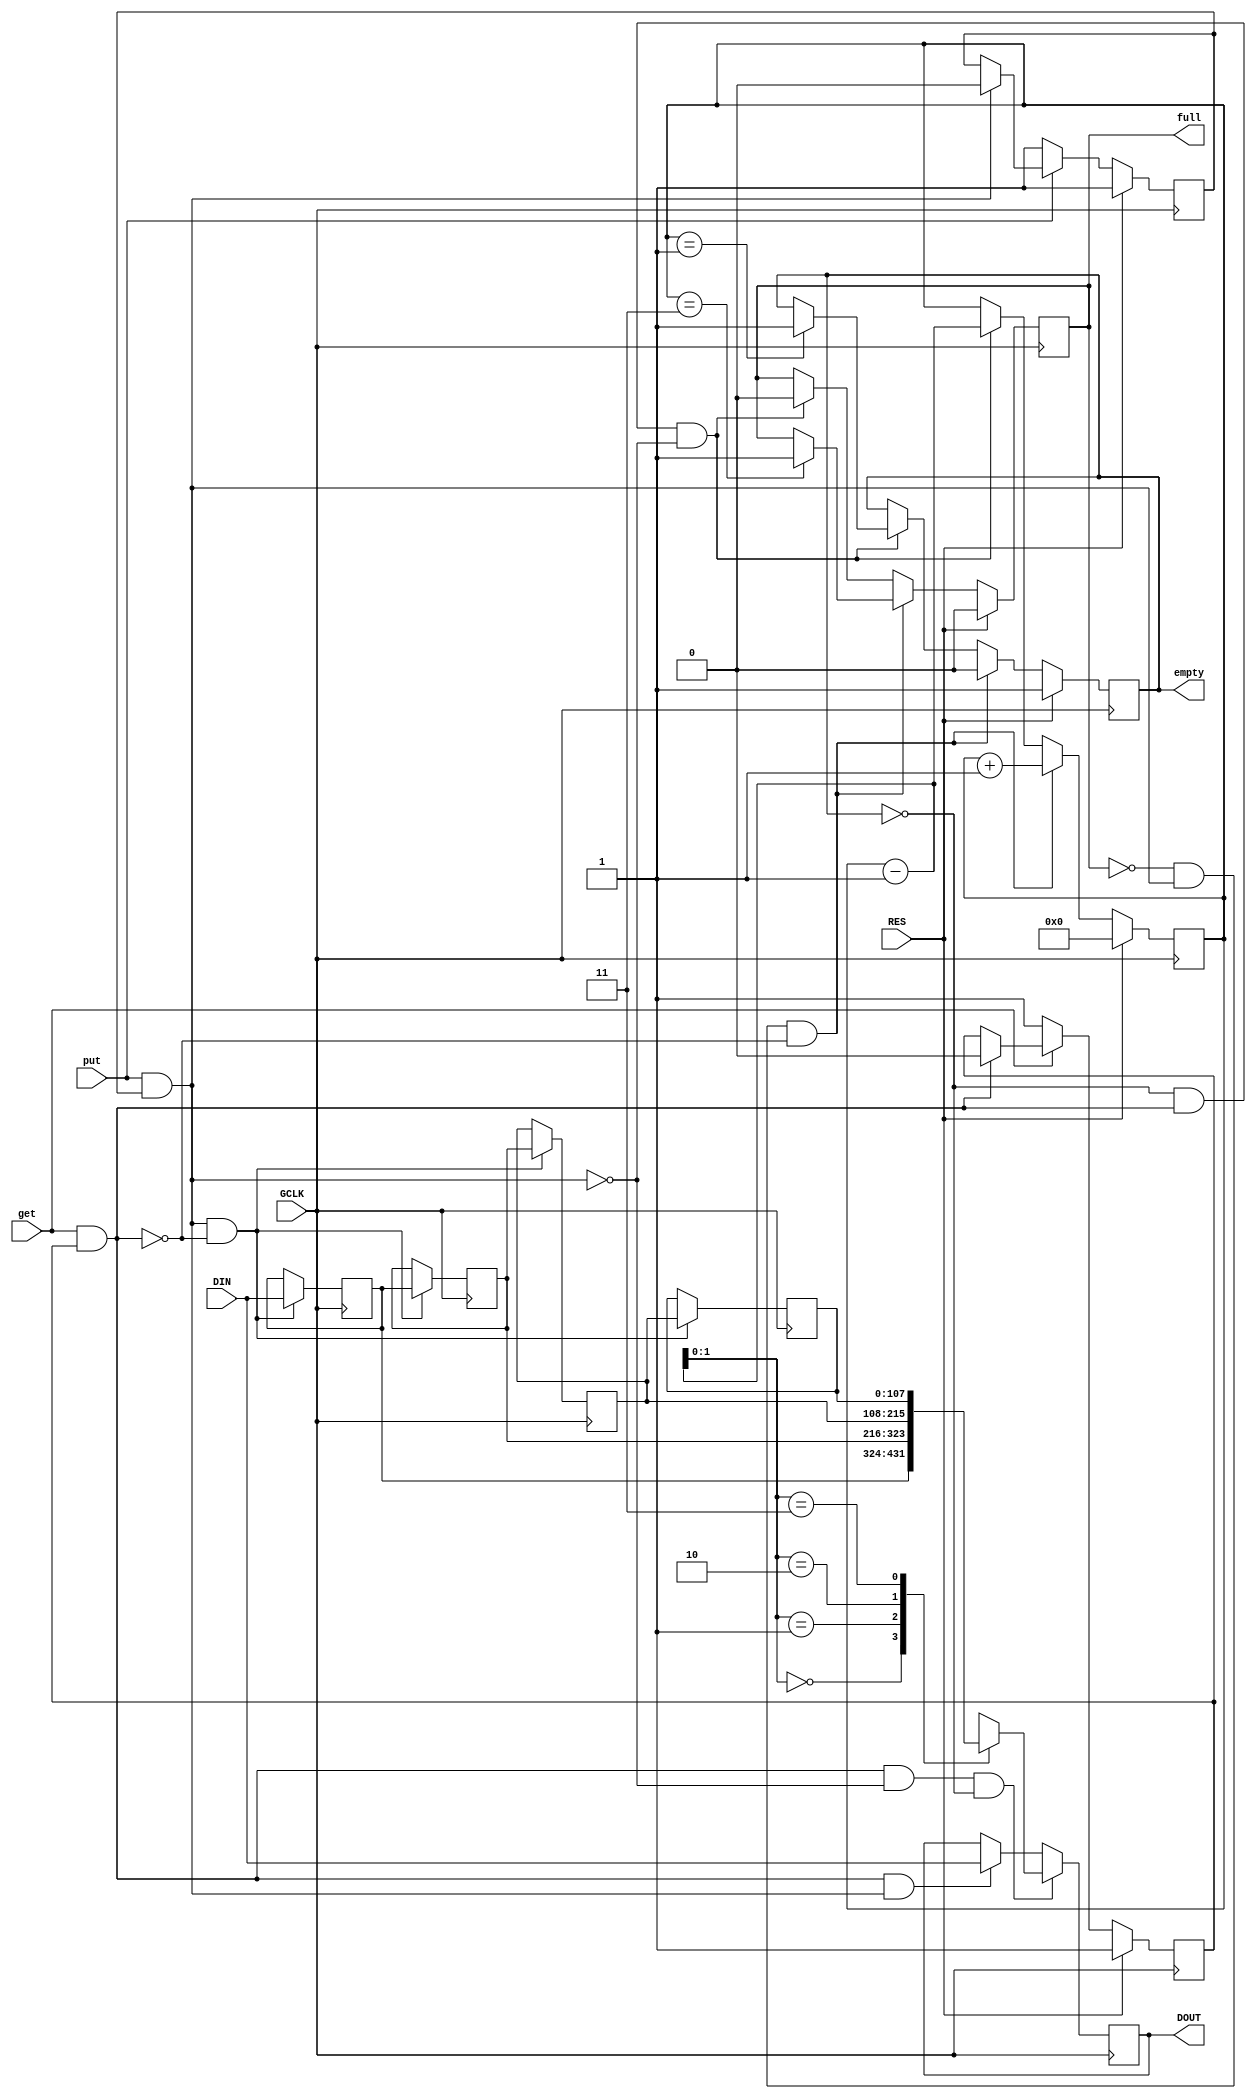
module queue #
    (
    parameter integer WIDTH = 108,
    parameter integer LENGTH = 4
    )
    (
    input wire GCLK,
    input wire RES,
    input wire get,
    input wire put,
    output reg full = 1'b0,
    output reg empty = 1'b1,
    input wire [WIDTH-1:0] DIN,
    output reg [WIDTH-1:0] DOUT
    );
    
    reg [WIDTH-1:0] q[0:LENGTH-1];
    reg [63:0] head = 64'd0; // Number of stored elements
    
    reg get_release = 1'b1;
    reg put_release = 1'b1;
    
    wire to_get;
    wire to_put;
    assign to_get = get & get_release;
    assign to_put = put & put_release;

    // Block get/put if not returned to zero
    always @(posedge GCLK) begin
        if (RES == 1'b1) begin
            get_release <= 1'b1;
        end
        else if (get == 1'b0) begin
            get_release <= 1'b1;
        end
        else if (to_get == 1'b1) begin
            get_release <= 1'b0;
        end
        
        if (RES == 1'b1) begin
            put_release <= 1'b1;
        end
        else if (put == 1'b0) begin
            put_release <= 1'b1;
        end
        else if (to_put == 1'b1) begin
            put_release <= 1'b0;
        end
    end

    // Queue
    integer i = 0;
    always @(posedge GCLK) begin
        if (to_put & !to_get) begin
            for (i = LENGTH - 1; i > 0; i = i - 1) begin
                q[i] <= q[i - 1];
            end
            q[0] <= DIN;
        end
        
        if (to_get &  !to_put & !empty) begin
            DOUT <= q[head - 64'd1];
        end
        else if (to_get & to_put) begin
            DOUT <= DIN;
        end
    end
    
    // HEAD pointer, Full/Empty circuits
    always @(posedge GCLK) begin
        if (RES == 1'b1) begin
            head <= 64'd0;
            full <= 1'b0;
            empty <= 1'b1;
        end
        else if (!full & to_put & !to_get) begin
            head <= head + 64'd1;
            empty <= 1'b0; // Now not empty for sure
            // head will be LENGTH by the end of this clock
            if (head == LENGTH - 1) begin
                full <= 1'b1;
            end
        end
        else if (!empty & to_get & !to_put) begin
            head <= head - 64'd1;
            full <= 1'b0; // Now not full for sure
            // head will be 0 by the end of this clock
            if (head == 64'd1) begin
                empty <= 1'b1;
            end
        end
        else begin
            head <= head;
            full <= full;
            empty <= empty;
        end
    end
    
    
endmodule